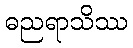
ဓညရာသိဿ